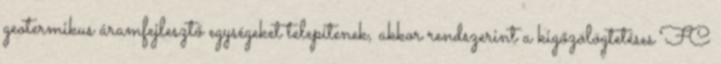
geotermikus áramfejlesztő egységeket telepítenek, akkor rendszerint a kigőzölögtetéses FC